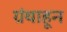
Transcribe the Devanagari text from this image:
ग्रंथाहून